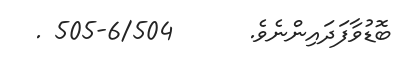
ބޮޑުވާފަދައިންނެވެ.      6/504-505 .